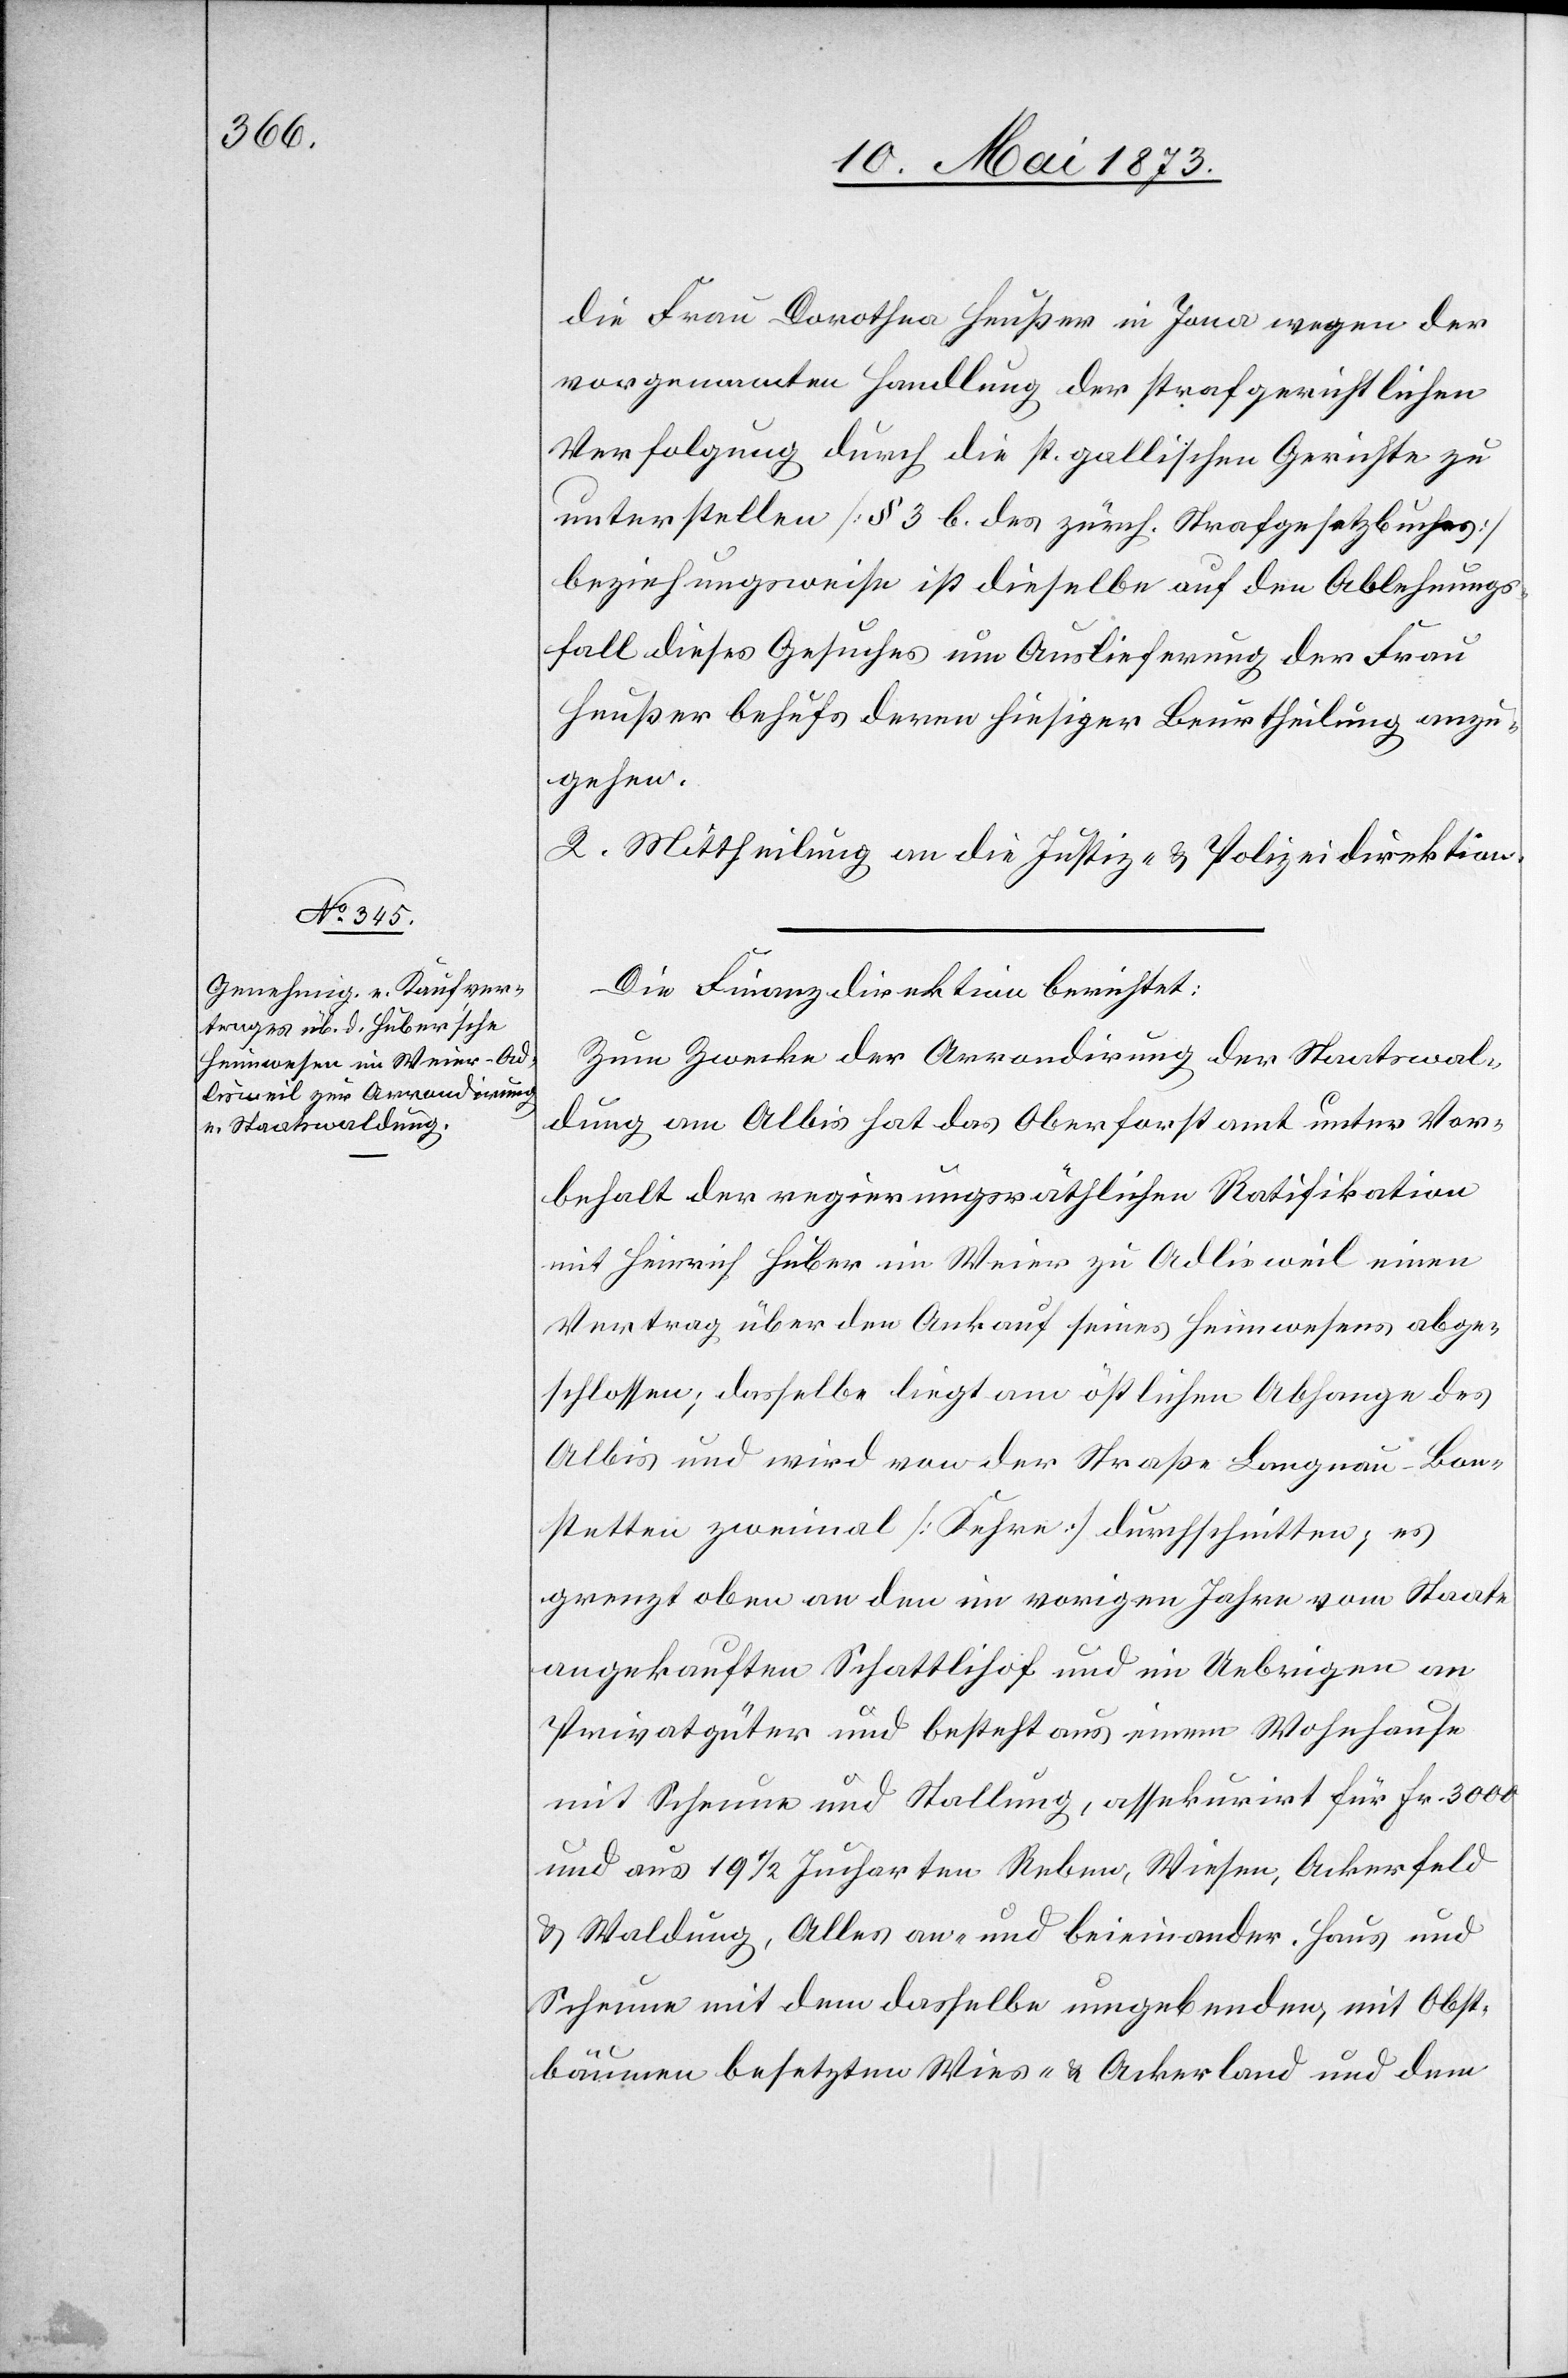
die Frau Dorothea Heußer in Jona wegen der
vorgenannten Handlung der strafgerichtlichen
Verfolgung durch die st. gallischen Gerichte zu
unterstellen [§ 3 b. des zürch. Strafgesetzbuches]
beziehungsweise ist dieselbe auf den Ablehnungs¬
fall dieses Gesuches um Auslieferung der Frau
Heußer behufs deren hiesiger Beurtheilung anzu¬
gehen.
2. Mittheilung an die Justiz- & Polizeidirektion.
Die Finanzdirektion berichtet:
Zum Zwecke der Arrondirung der Staatswal¬
dung am Albis hat das Oberforstamt unter Vor¬
behalt der regierungsräthlichen Ratifikation
mit Heinrich Huber im Weier zu Adlisweil einen
Vertrag über den Ankauf seines Heimwesens abge¬
schlossen; dasselbe liegt am östlichen Abhange des
Albis und wird von der Straße Langnau-Bon¬
stetten zweimal [Kehre] durchschnitten; es
grenzt oben an den im vorigen Jahre vom Staate
angekauften Schattlihof und im Uebrigen an
Privatgüter und besteht aus einem Wohnhause
mit Scheune und Stallung, assekurirt für Fr. 3 000
und aus 19 1/2 Jucharten Reben, Wiesen, Ackerfeld
& Waldung, Alles an- und beieinander. Haus und
Scheune mit dem dasselbe umgebenden, mit Obst¬
bäumen besetzten Wies- & Ackerland und dem